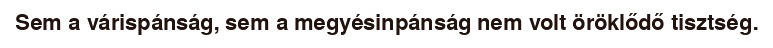
Sem a várispánság, sem a megyésinpánság nem volt öröklődő tisztség.